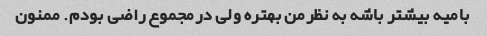
بامیه بیشتر باشه به نظرمن بهتره ولی درمجموع راضی بودم. ممنون